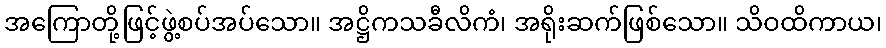
အကြောတို့ဖြင့်ဖွဲ့စပ်အပ်သော။ အဋ္ဌိကသခီလိကံ၊ အရိုးဆက်ဖြစ်သော။ သိဝထိကာယ၊